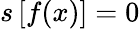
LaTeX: s\left[f(x)\right]=0